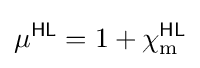
\mu ^{\textsf {HL}}=1+\chi _{\text{m}}^{\textsf {HL}}